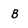
Character: B